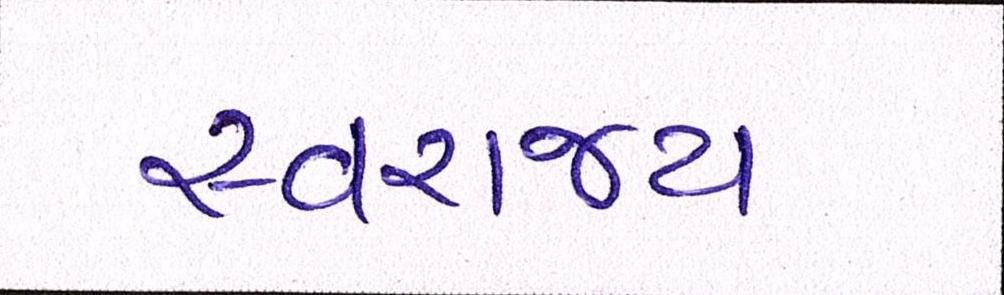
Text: સ્વરાજ્ય